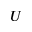
U